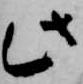
此